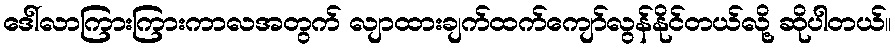
ဒေါ်လာကြားကြားကာလအတွက် လျာထားချက်ထက်ကျော်လွန်နိုင်တယ်လို့ ဆိုပါတယ်။